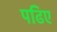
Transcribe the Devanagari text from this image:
पढिए